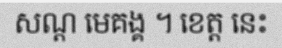
សណ្ត មេគង្គ ។ ខេត្ត នេះ